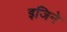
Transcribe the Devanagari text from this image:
इजिने